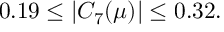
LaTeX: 0 . 1 9 \leq \vert C _ { 7 } ( \mu ) \vert \leq 0 . 3 2 .